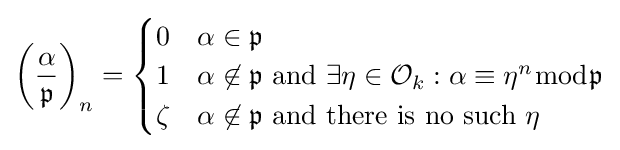
\left({\frac {\alpha }{\mathfrak {p}}}\right)_{n}={\begin{cases}0&\alpha \in {\mathfrak {p}}\\1&\alpha \not \in {\mathfrak {p}}{\text{ and }}\exists \eta \in {\mathcal {O}}_{k}:\alpha \equiv \eta ^{n}{\bmod {\mathfrak {p}}}\\\zeta &\alpha \not \in {\mathfrak {p}}{\text{ and there is no such }}\eta \end{cases}}